Indian journal of veterinary science and animal husbandry - Volumes 22-23, 1952-1953
Year: 1952
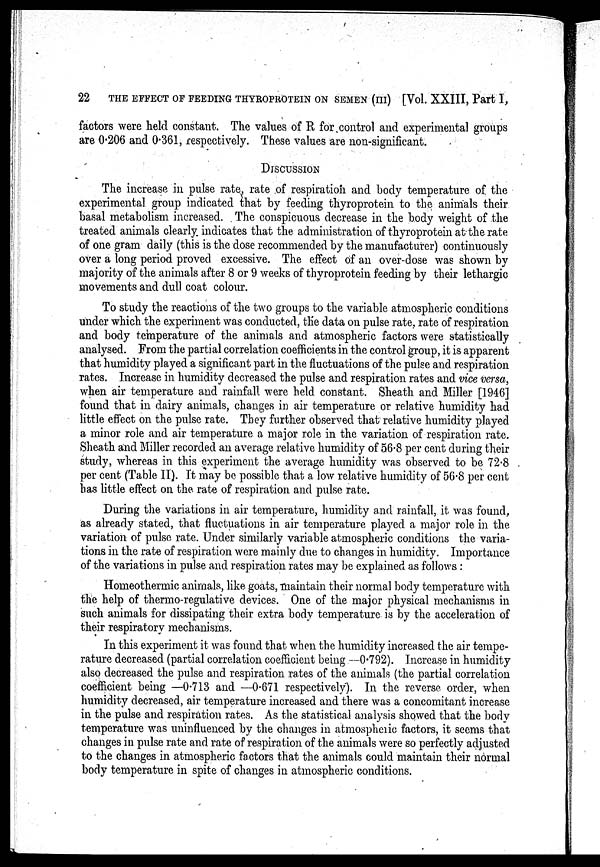
22
THE EFFECT OF FEEDING THYROPROTEIN ON SEMEN (III) [Vol. XXIII, Part I,
factors were held constant. The values of R for control and experimental groups
are 0.206 and 0.361, respectively. These values are non-significant.
DISCUSSION
The increase in pulse rate, rate of respiration and body temperature of the
experimental group indicated that by feeding thyroprotein to the animals their
basal metabolism increased. The conspicuous decrease in the body weight of the
treated animals clearly indicates that the administration of thyroprotein at the rate
of one gram daily (this is the dose recommended by the manufacturer) continuously
over a long period proved excessive. The effect of an over-dose was shown by
majority of the animals after 8 or 9 weeks of thyroprotein feeding by their lethargic
movements and dull coat colour.
To study the reactions of the two groups to the variable atmospheric conditions
under which the experiment was conducted, the data on pulse rate, rate of respiration
and body temperature of the animals and atmospheric factors were statistically
analysed. From the partial correlation coefficients in the control group, it is apparent
that humidity played a significant part in the fluctuations of the pulse and respiration
rates. Increase in humidity decreased the pulse and respiration rates and vice versa,
when air temperature and rainfall were held constant. Sheath and Miller [1946]
found that in dairy animals, changes in air temperature or relative humidity had
little effect on the pulse rate. They further observed that relative humidity played
a minor role and air temperature a major role in the variation of respiration rate.
Sheath and Miller recorded an average relative humidity of 56.8 per cent during their
study, whereas in this experiment the average humidity was observed to be 72.8
per cent (Table II). It may be possible that a low relative humidity of 56.8 per cent
has little effect on the rate of respiration and pulse rate.
During the variations in air temperature, humidity and rainfall, it was found,
as already stated, that fluctuations in air temperature played a major role in the
variation of pulse rate. Under similarly variable atmospheric conditions the varia-
tions in the rate of respiration were mainly due to changes in humidity. Importance
of the variations in pulse and respiration rates may be explained as follows:
Homeothermic animals, like goats, maintain their normal body temperature with
the help of thermo-regulative devices. One of the major physical mechanisms in
such animals for dissipating their extra body temperature is by the acceleration of
their respiratory mechanisms.
In this experiment it was found that when the humidity increased the air tempe-
rature decreased (partial correlation coefficient being —0.792). Increase in humidity
also decreased the pulse and respiration rates of the animals (the partial correlation
coefficient being —0.713 and —0.671 respectively). In the reverse order, when
humidity decreased, air temperature increased and there was a concomitant increase
in the pulse and respiration rates. As the statistical analysis showed that the body
temperature was uninfluenced by the changes in atmospheric factors, it seems that
changes in pulse rate and rate of respiration of the animals were so perfectly adjusted
to the changes in atmospheric factors that the animals could maintain their normal
body temperature in spite of changes in atmospheric conditions.